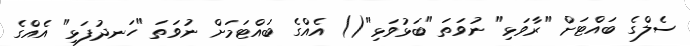
ސެލްގެ ބައްޓަށް "ރާވަޅި" ނުވަތަ "ބަޅުވަޅި"() އެއްގެ ބައްޓަމަށް ނުވަތަ "ހަނދުފަޅި" އެއްގެ